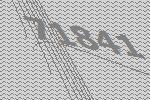
71841